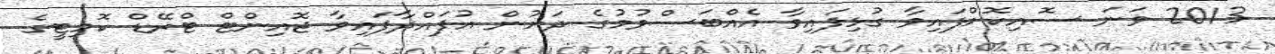
2013 ވަނަ ސޮއިކޮށްފައިވާ ގުޅިފައިވާ އެއްބަސްވުމުގެ ދަށުން އުފައްދާފައިވާ ޖޮއިންޓް ޓްރޭޑް ކޮމިޓީގެ